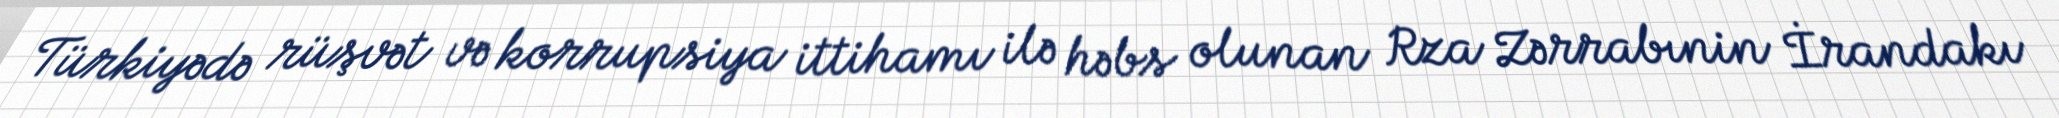
Türkiyədə rüşvət və korrupsiya ittihamı ilə həbs olunan Rza Zərrabınin İrandakı